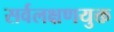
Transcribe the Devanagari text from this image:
सर्वलक्षणयुक्त